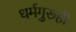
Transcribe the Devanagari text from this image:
धर्मगुरूही